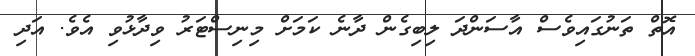
އޮތް ތަނުގައިވެސް އާސަންދަ ލިބިގެން ދާނެ ކަމަށް މިނިސްޓަރު ވިދާޅުވި އެވެ. އަދި